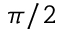
\pi / 2